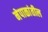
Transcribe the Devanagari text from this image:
नेपाळांतील